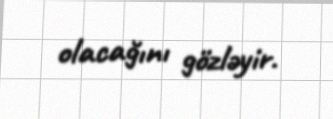
olacağını gözləyir.